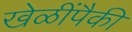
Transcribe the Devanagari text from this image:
खेळींपैकी